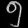
Digit: ၅